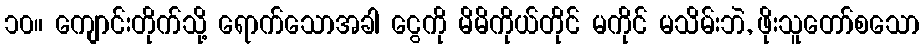
၁၀။ ကျောင်းတိုက်သို့ ရောက်သောအခါ ငွေကို မိမိကိုယ်တိုင် မကိုင် မသိမ်းဘဲ, ဖိုးသူတော်စသော